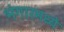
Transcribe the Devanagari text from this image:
भंगारमध्ये